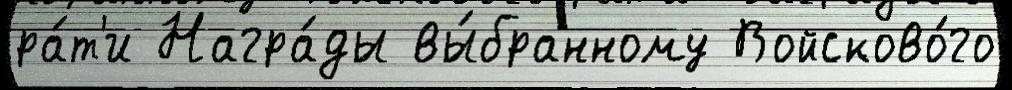
ра́т'и Награ́ды вы́бранному Войсково́го